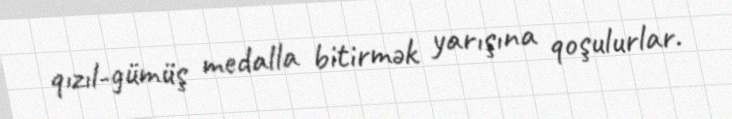
qızıl-gümüş medalla bitirmək yarışına qoşulurlar.